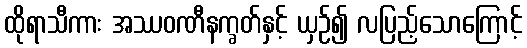
ထိုရာသီကား အဿဝဏီနက္ခတ်နှင့် ယှဉ်၍ လပြည့်သောကြောင့်